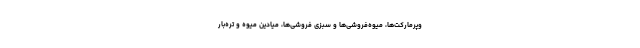
وپرمارکت‌ها، میوه‌فروشی‌ها و سبزی فروشی‌ها، میادین میوه و تره‌‌بار